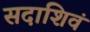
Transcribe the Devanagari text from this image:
सदाशिवं